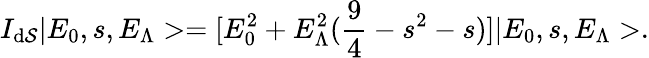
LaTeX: I_{\mathrm{d}\mathcal{S}}|E_{0},s,E_{\Lambda}>=[E_{0}^{2}+E_{\Lambda}^{2}(\frac{{9}}{{4}}-s^{2}-s)]|E_{0},s,E_{\Lambda}>.